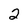
Character: 2